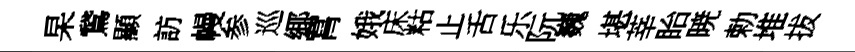
杲鵞顯訪幔参巡鄊罥娥床䊀止舌乐阮巍堪莘眙暁勅堆拔